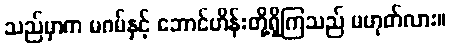
သည်မှာက မဂမ်နှင့် ဘောင်ဟိန်းတို့ရှိကြသည် မဟုတ်လား။